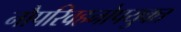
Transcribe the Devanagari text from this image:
नौपरिवहनोपयुक्त